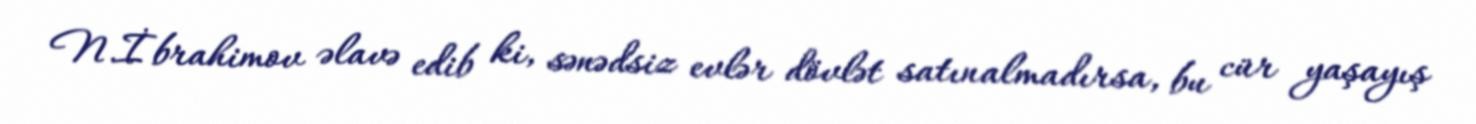
N.İbrahimov əlavə edib ki, sənədsiz evlər dövlət satınalmadırsa, bu cür yaşayış